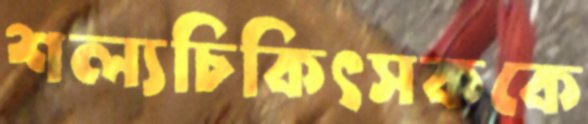
শল্যচিকিৎসককে